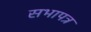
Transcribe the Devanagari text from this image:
सभापत्र